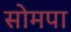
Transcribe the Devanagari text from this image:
सोमपा